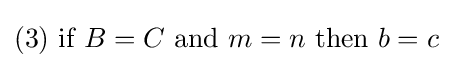
{\text{(3) if }}B=C{\text{ and }}m=n{\text{ then }}b=c